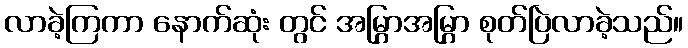
လာခဲ့ကြကာ နောက်ဆုံး တွင် အမြွှာအမြွှာ စုတ်ပြဲလာခဲ့သည်။